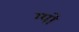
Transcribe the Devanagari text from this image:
ग्यो